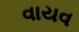
વાયવ